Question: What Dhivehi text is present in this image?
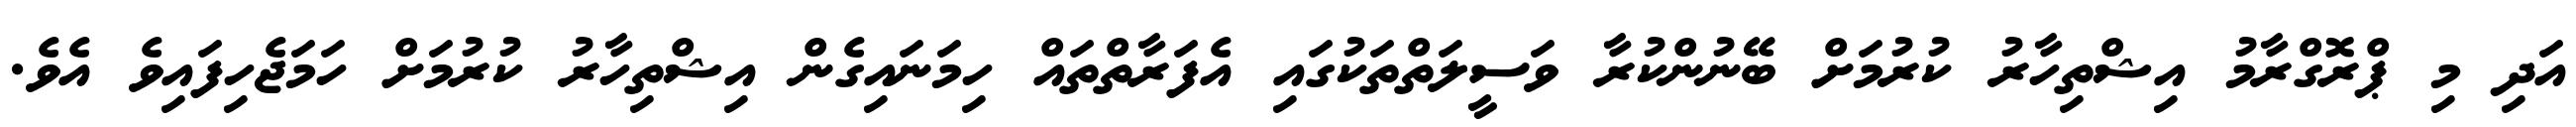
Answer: އަދި މި ޕްރޮގްރާމު އިޝްތިހާރު ކުރުމަށް ބޭނުންކުރާ ވަސީލަތްތަކުގައި އެފަރާތްތައް ހިމަނައިގެން އިޝްތިހާރު ކުރުމަށް ހަމަޖެހިފައިވެ އެވެ.